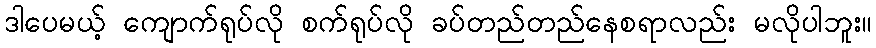
ဒါပေမယ့် ကျောက်ရုပ်လို စက်ရုပ်လို ခပ်တည်တည်နေစရာလည်း မလိုပါဘူး။